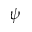
\psi